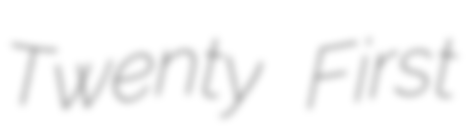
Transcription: Twenty First